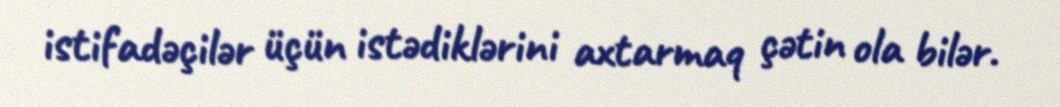
istifadəçilər üçün istədiklərini axtarmaq çətin ola bilər.